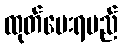
ထုတ်ပေးရမည်